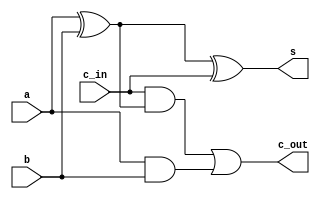
module full_adder (
    a,
    b,
    c_in,
    s,
    c_out
);
  input a;
  input b;
  input c_in;
  output s;
  output c_out;

  assign a_xor_b = a ^ b;
  assign s = a_xor_b ^ c_in;
  assign c_out = (c_in & a_xor_b) | (a & b);
endmodule